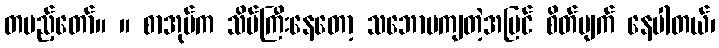
တပည့်တော်။ ။ စာအုပ်က သိပ်ကြီးနေတော့ သဘောမကျတဲ့အပြင် စိတ်ပျက် နေပါတယ်၊